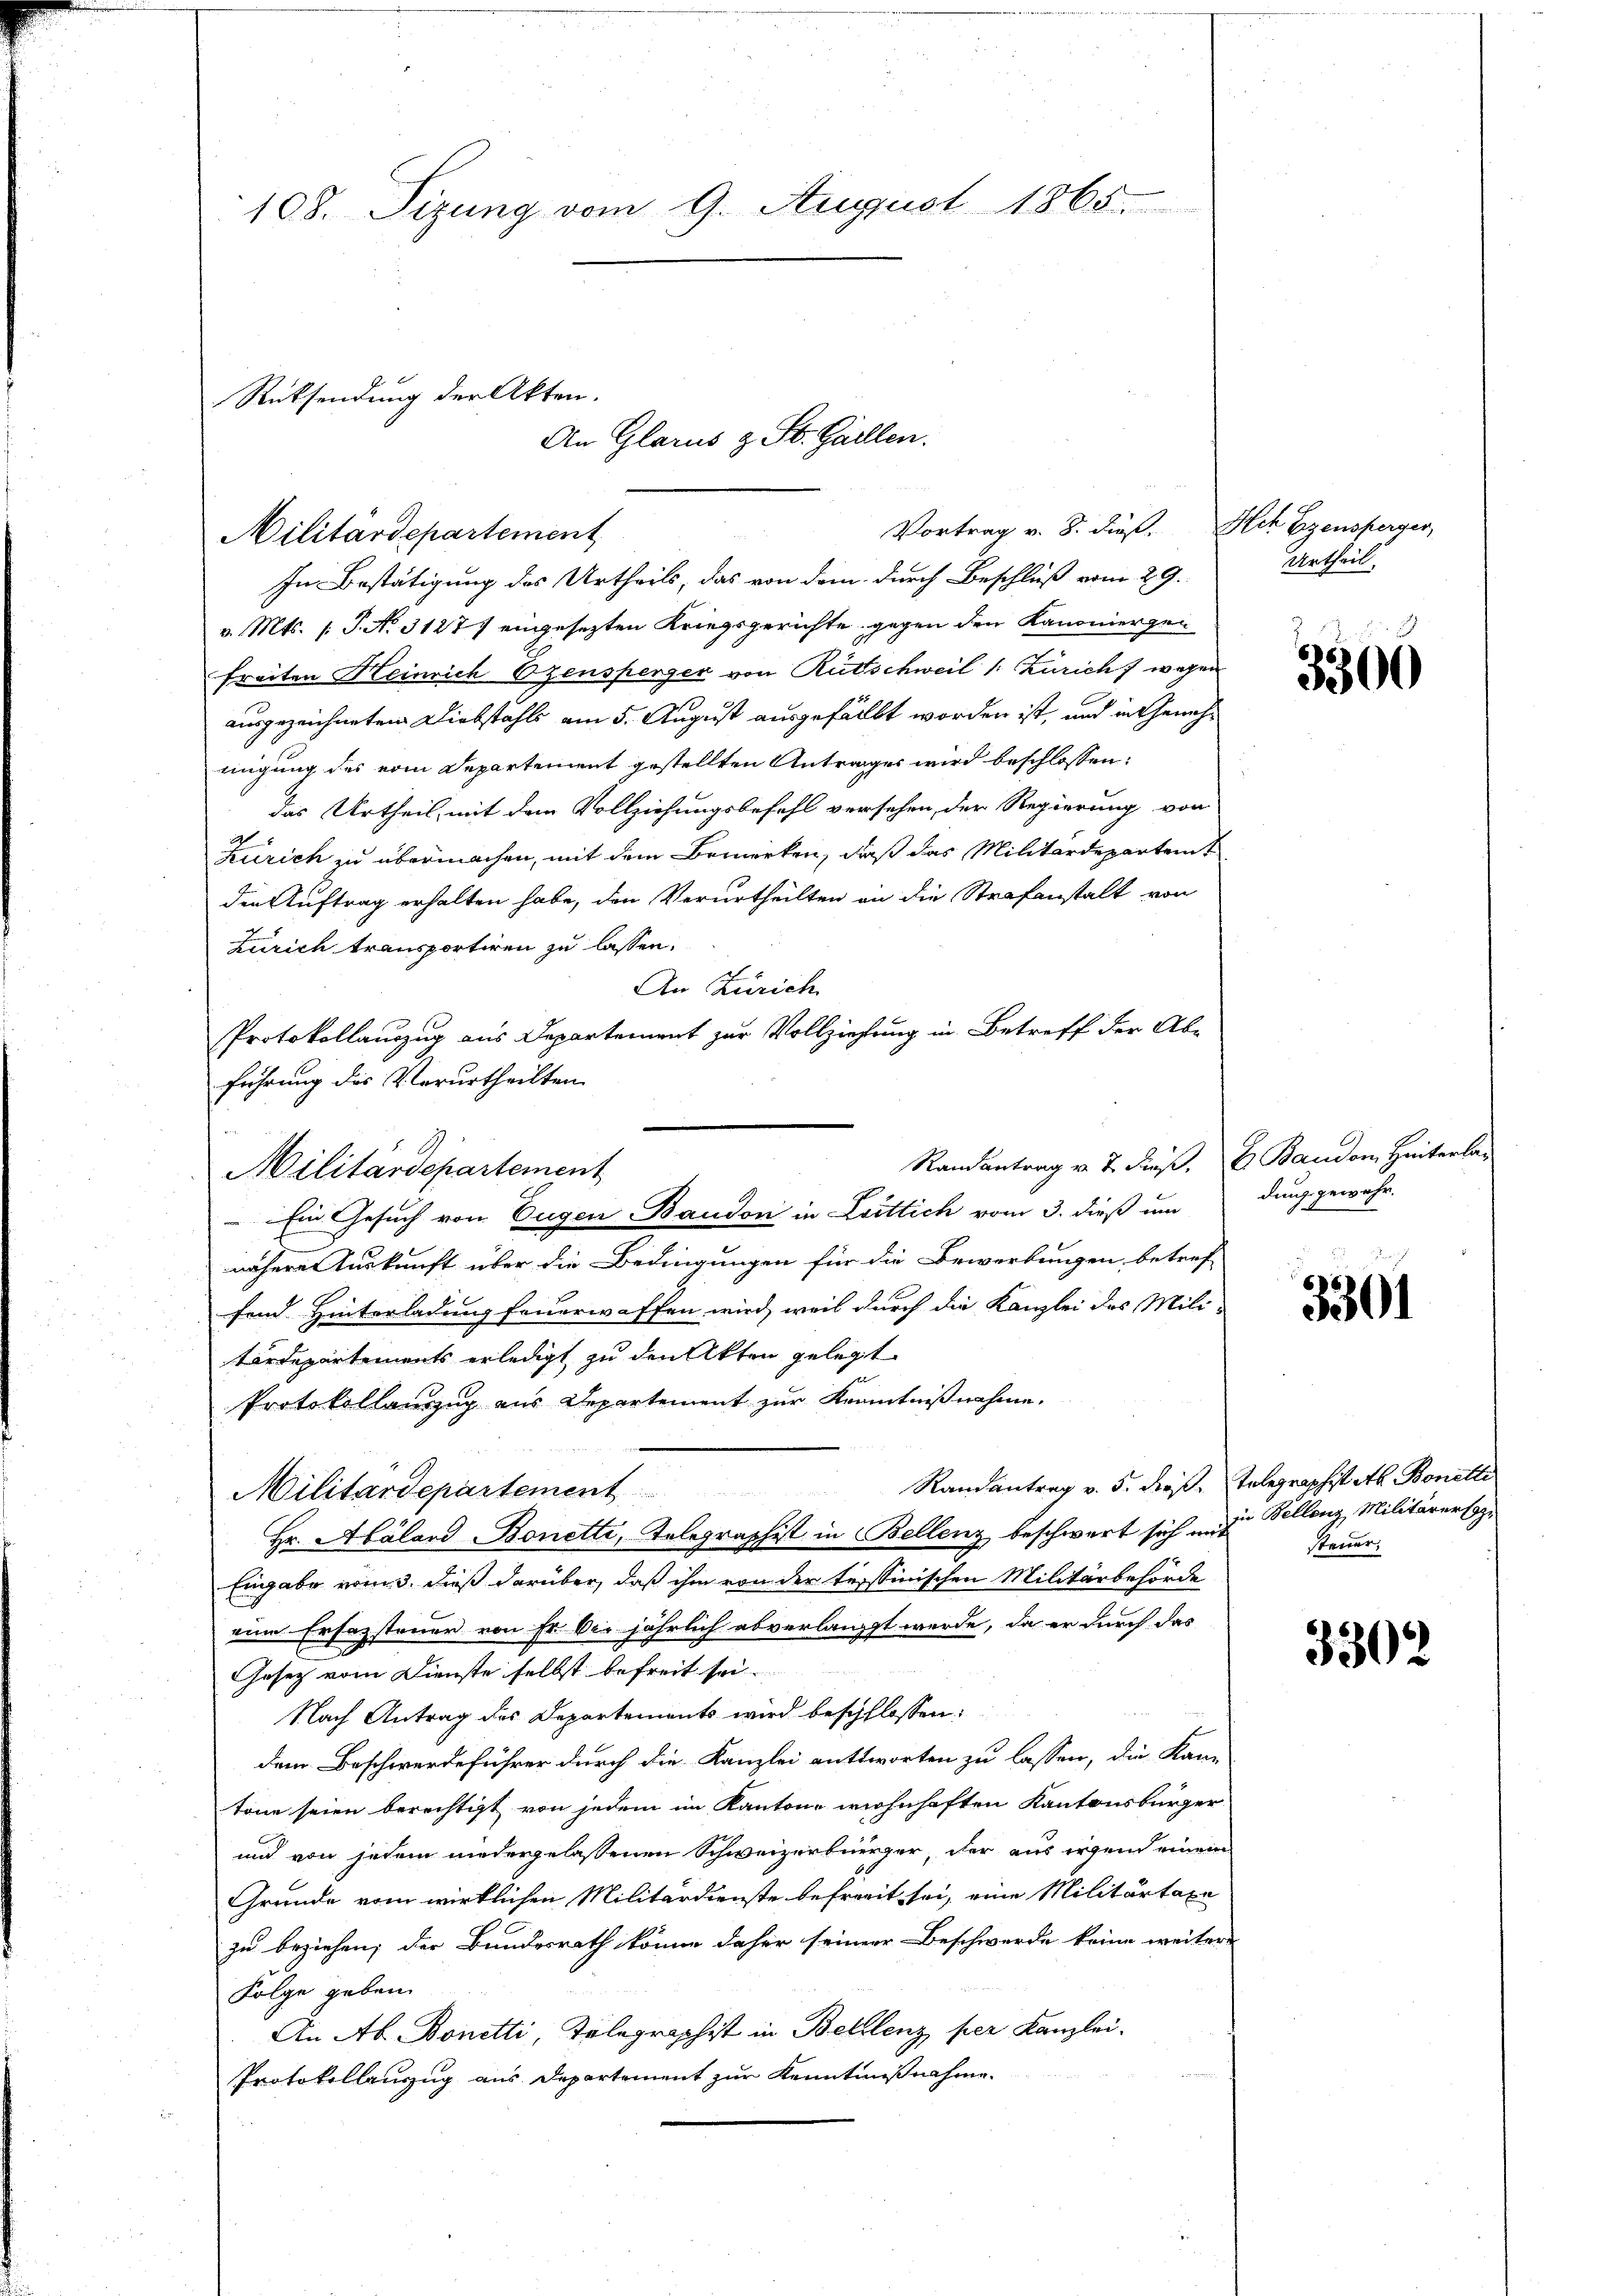
In Bestätigung des Urtheils, das von dem durch Beschluß vom 29.
v. Mts. /: J. No. 3127 eingesetzten Kriegsgerichte, gegen den Kanoniergen
freiten Heinrich Ozensperger von Rüttschweil /: Zürich 7 wegen
ausgezeichneten Diebstahls am 5. August ausgefällt worden ist, und in Genehmigung des vom Departement gestellten Antrages wird beschlossen:
das Urtheil, mit dem Vollziehungsbefehl versehen, der Regierung von
Zürich zu übermachen, mit dem Bemerken, daß das Militärdepartent
den Auftrag erhalten habe, den Verurtheilten an die Strafanstalt von
Zürich transportiren zu lassen.
An Zürich
Protokollauszug aus Departement zur Vollziehung in Betreff der Ab-
führung des Verurtheilten.
Ranantrag v. 2. dieß, E. Bander Heiterlan
Ein Gesuch von Eugen Baudon in Leitlich vom 3. dieß um
nähere Auskunft über die Bedingungen für die Bewerbungen betref-
fend Hinterladung feuerwaffen wird, weil durch die Kanzlei des Mili-
tärdepartements erledigt zu den Akten gelegt
Protokollanzzug aus Departement zur Kenntnißnahme.
Randantrag v. 5. dieß, Telegraphist ab. Bonetti
Militärdepartement
Hr. Abaland Bonetti, Telegraphist in Bellenz beschwert sich und Bellenz, Militärers
Eingabe vom 3. dieß darüber, daß ihm von der tessinischen Militärbehörde
eine Ersazsteuer von Fr. Der jährlich abverlangt werde, da er durch das
Gesetz vom Dienste selbst befreit sei.
Nach Antrag des Departements wird beschlossen:
dem Beschwerdeführer durch die Kanzlei antworten zu lassen, die Kan-
tone seien berechtigt von jedem im Kantone wohnhaften Kantonsbürger
und von jedem niedergelassenen Schweizerbürger, der aus irgen einem
Grunde vom wirklichen Militärdienste befreit sei, eine Militärtaxe
zu beziehen; der Bundesrath könne daher seiner Beschwerde keine weitere
Folge geben.
An Ab. Bonetti, Telegraphist in Bellenz per Kanzlei.
Protokollanzug aus Departement zur Kenntnißnahme.

Rücksendung der Akten.
Militärdepartement

108. Sizung vom 9. August 1865.

An Glarus z. St. Gallen.

Militärdepartement

Vortrag v. 8. dieß. Ach Eigensperger,

Urtheil.

3300

dung gewehr.

3301

steuer.

3302